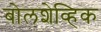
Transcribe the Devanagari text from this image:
बोलशेव्हिक